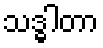
သဒ္ဓါတာ